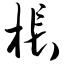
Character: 枨